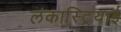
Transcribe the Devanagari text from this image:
लंकास्ट्रियाई